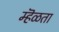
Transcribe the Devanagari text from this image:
म्हॆळता